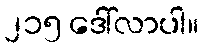
၂၁၅ ဒေါ်လာပါ။